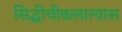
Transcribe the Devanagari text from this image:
सिद्धीचीकलात्यास